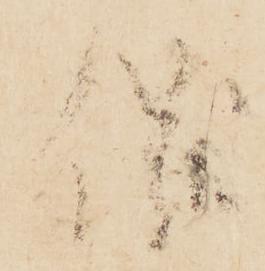
儀